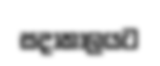
සදාකාලයට